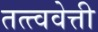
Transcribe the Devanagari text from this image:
तत्त्ववेत्ती